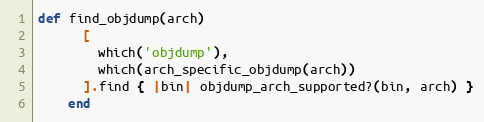
Language: Ruby
def find_objdump(arch)
      [
        which('objdump'),
        which(arch_specific_objdump(arch))
      ].find { |bin| objdump_arch_supported?(bin, arch) }
    end